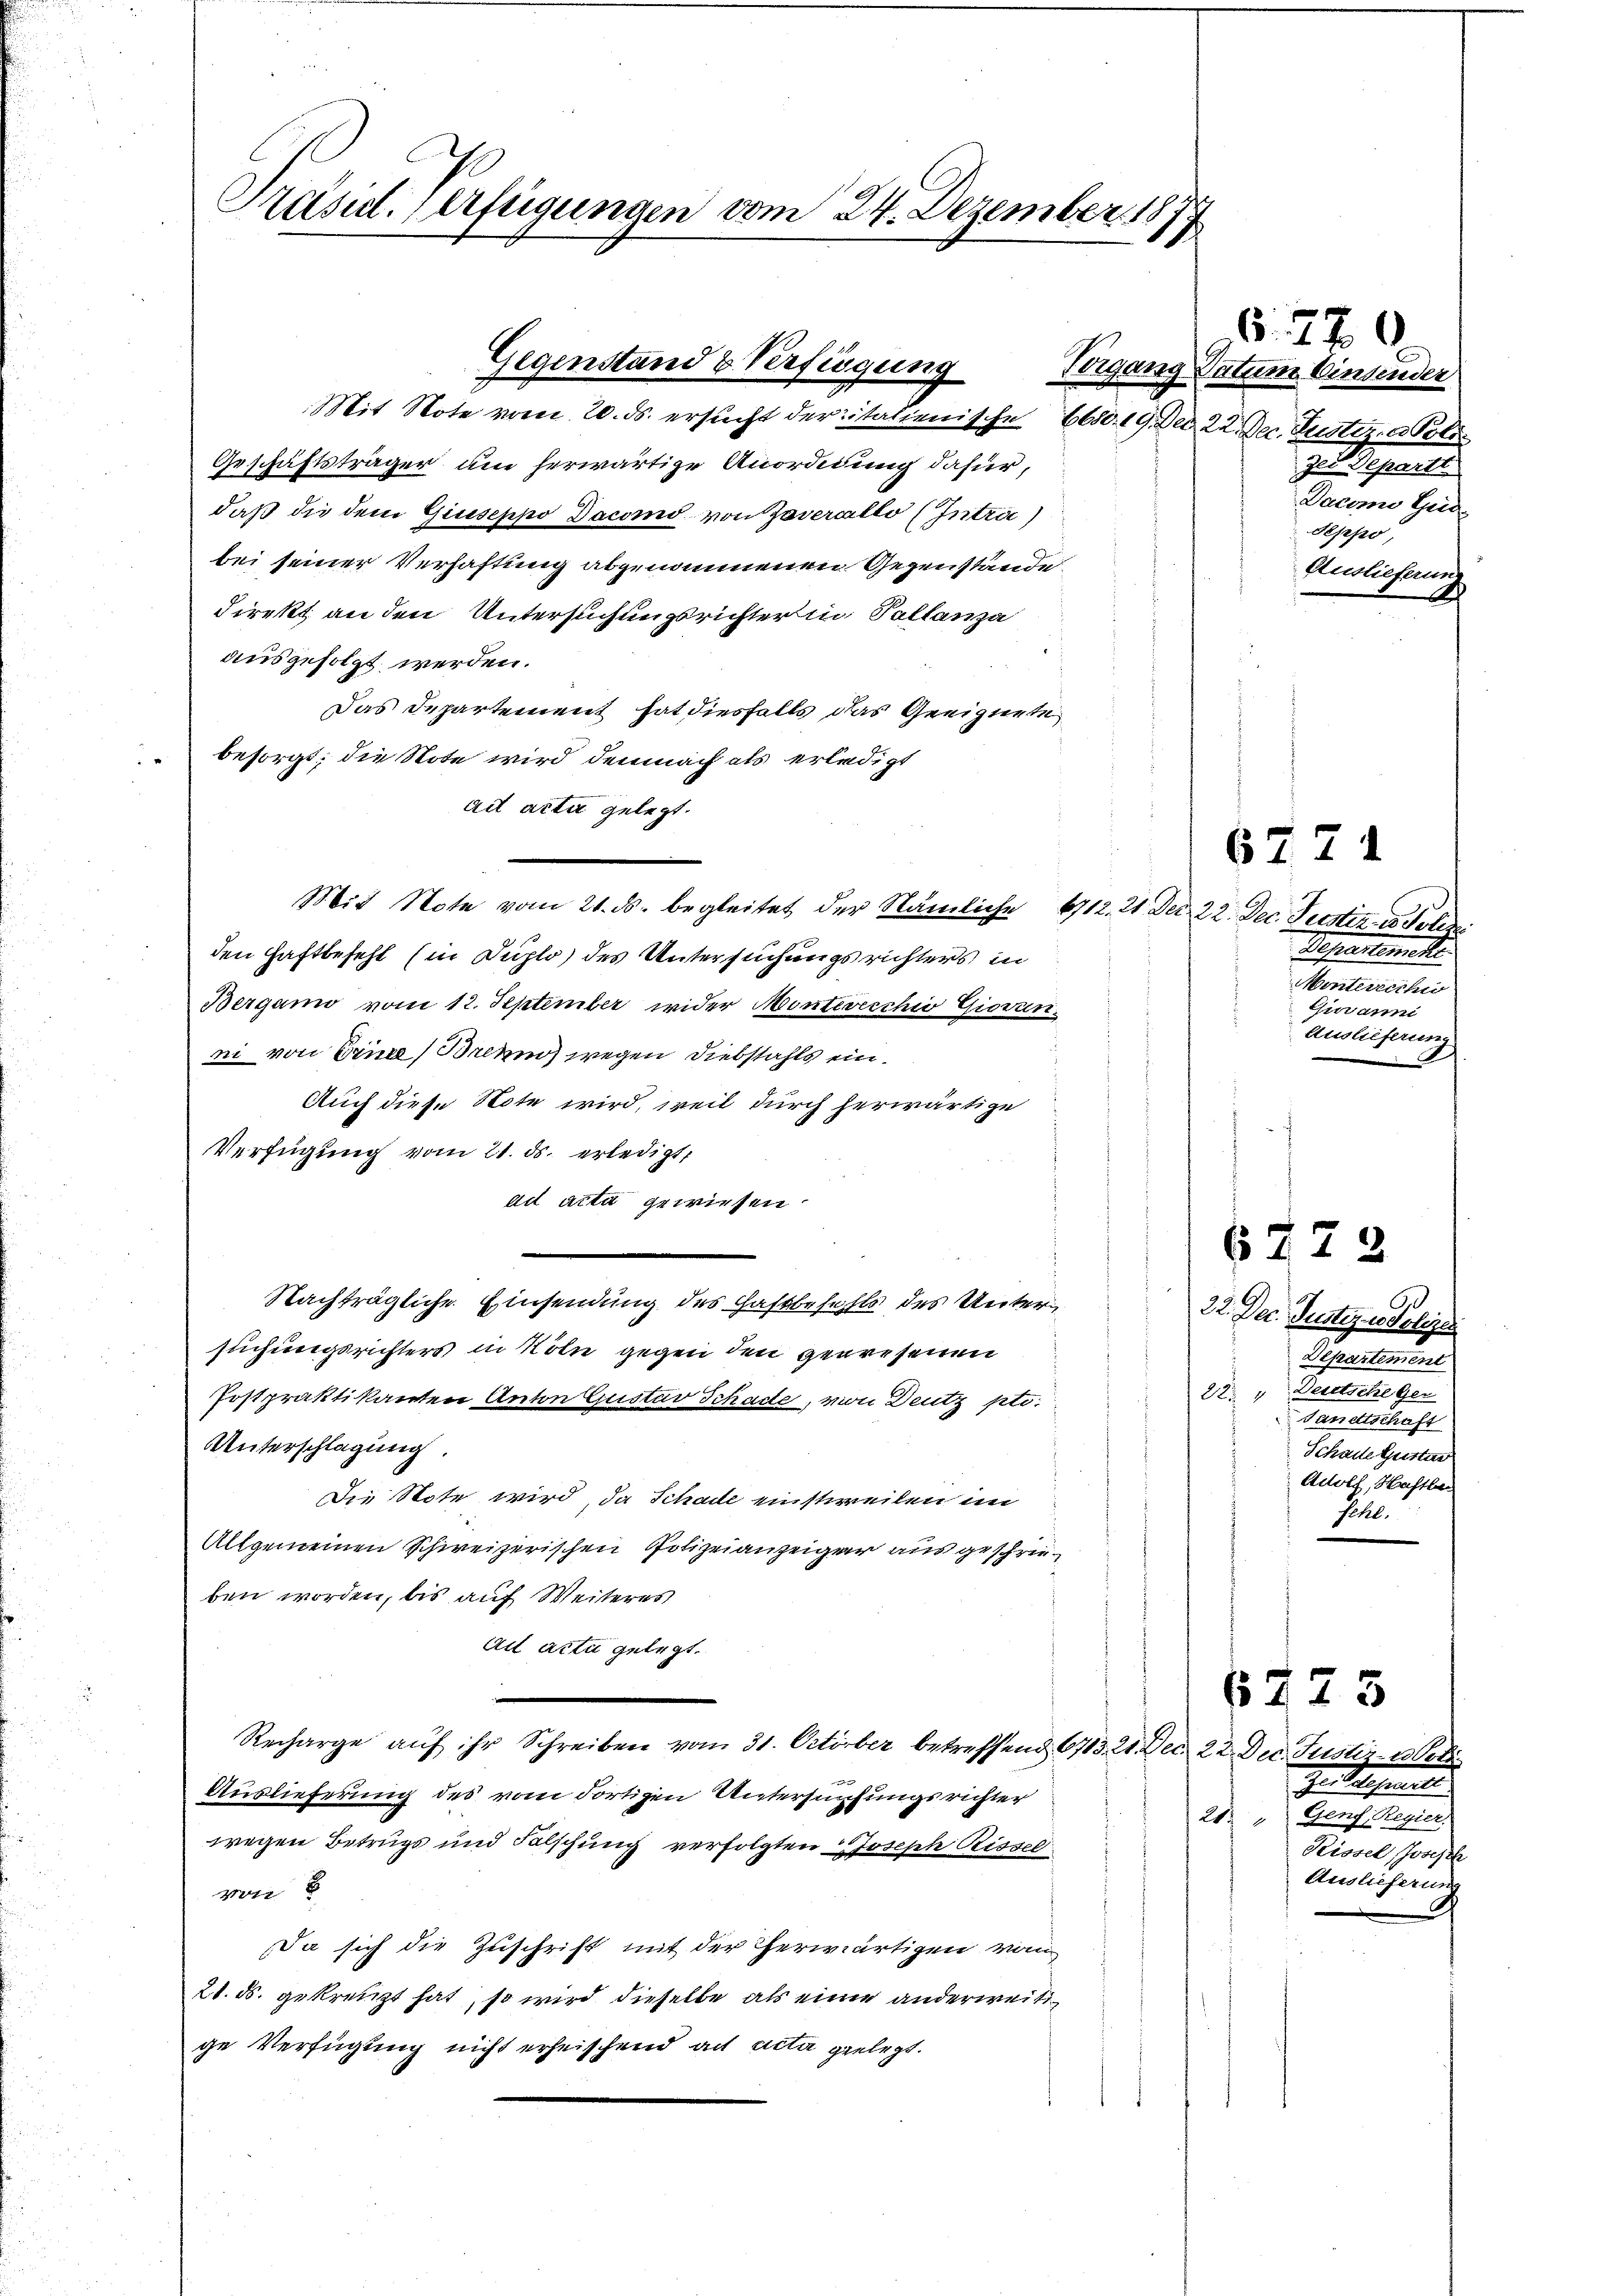
Präsid. Verfügungen vom 24. Dezember 18
14

Gegenstand & Verfügung

Mit Note vom 20. ds. ersucht der italienische 660. 19. Der 22. Dec. Justiz & Poli
Geschäftsträger um herwärtige Anordnung dafür,
daß die dem Giuseppo Dacond von Zoverallo (Intri
bei seiner Verhaftung abgenommenen Gegenstände
direkt an den Untersuchungsrichter in Pallanza
ausgefolgt werden.
Das Departement hat diesfalls das Geeignete
besorgt; die Note wird demnach als erledigt
ad acta gelegt.
Mit Note vom 21. ds. begleitet der Nämliche 6712. 21 Der 22. Dec. Justiz- u. Polizei
den Haftbefehl (in Duplo des Untersuchungsrichters in
Bergamo vom 12. September wider Monterreche Giovan
ni von Erine Brenn) wegen Diebstahls ein¬
Auch diese Note wird, weil durch herwärtige
Verfügung vom 21. ds. erledigt,
ad acta gewiesen.
Nachträgliche Einsendung des Haftbefehls des Unter 22. Dec. Justiz & Polize
suchungsrichters in Köln gegen den gewesenen
Postpraktikanten Anton Gustav Schade, von Deutz pto
Unterschlagung.
Die Note wird, da Schade einstweilen im
Allgemeinen Schweizerischen Polizeianzeiger aus geschrieben worden, bis auf Weiteres
ad acti gelegt.
Recharge aŭf ihr Schreiben vom 31. October betreffend 6783. 21. Dec. 22. Dec. Justiz- u Poli
Auslieferung des vom dortigen Untersuchungsrichter
wegen Betrugs und Falschung verfolgten Joseph Rissel
von 2
Da sich die Zuschrift mit der Therwärtigen vom
21. ds. gekreuzt hat, so wird dieselbe als einer anderweit
ge Verfügung nicht erheischend ad acta gelegt.

6. 270.
Tergang Datum binsender
I. Separte
Dacomo Guid
Seppo,
Amlichung

6475
In Sache
2
Rissel, Joseph
Auslieferung

6724
Bepartemente
Meonischen
Guramni
Auslieferung

6472
Departement
22." Deutsche Ger
Tanettschaft
Schade Gustan
Adolf, Hastle
fehl.